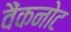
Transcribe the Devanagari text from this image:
वैंकनोट